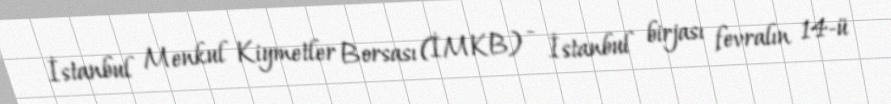
İstanbul Menkul Kiymetler Borsası (İMKB) - İstanbul birjası fevralın 14-ü